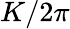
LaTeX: K/2\pi